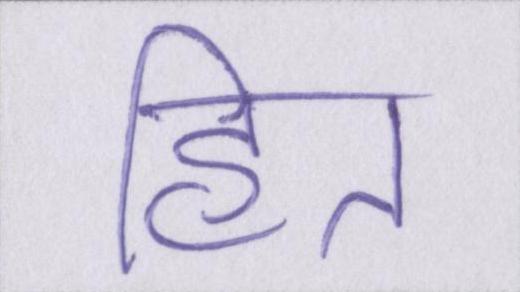
हित